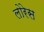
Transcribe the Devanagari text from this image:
लोरेस